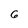
Character: 6